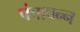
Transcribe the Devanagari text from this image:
पंचावन्‍न